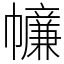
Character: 𢅳